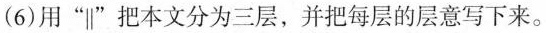
（6）用”||”把本文分为三层，并把每层的层意写下来。